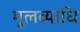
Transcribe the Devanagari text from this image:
मूलव्याधि